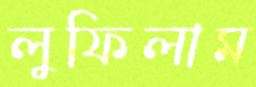
লুফিলাম